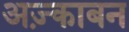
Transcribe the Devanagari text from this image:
अज़्काबन